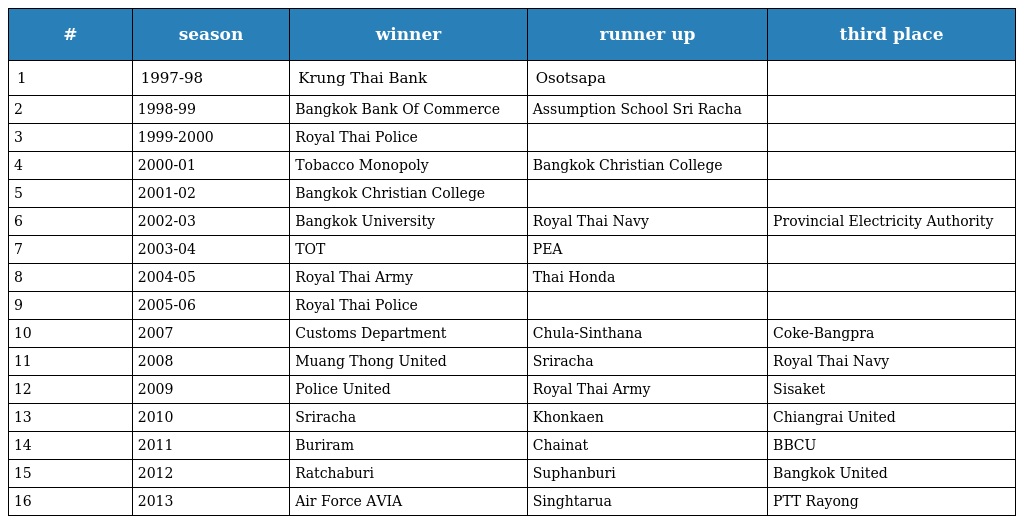
| # | season | winner | runner up | third place |
 | --- | --- | --- | --- | --- |
 | 1 | 1997-98 | Krung Thai Bank | Osotsapa |  |
 | 2 | 1998-99 | Bangkok Bank Of Commerce | Assumption School Sri Racha |  |
 | 3 | 1999-2000 | Royal Thai Police |  |  |
 | 4 | 2000-01 | Tobacco Monopoly | Bangkok Christian College |  |
 | 5 | 2001-02 | Bangkok Christian College |  |  |
 | 6 | 2002-03 | Bangkok University | Royal Thai Navy | Provincial Electricity Authority |
 | 7 | 2003-04 | TOT | PEA |  |
 | 8 | 2004-05 | Royal Thai Army | Thai Honda |  |
 | 9 | 2005-06 | Royal Thai Police |  |  |
 | 10 | 2007 | Customs Department | Chula-Sinthana | Coke-Bangpra |
 | 11 | 2008 | Muang Thong United | Sriracha | Royal Thai Navy |
 | 12 | 2009 | Police United | Royal Thai Army | Sisaket |
 | 13 | 2010 | Sriracha | Khonkaen | Chiangrai United |
 | 14 | 2011 | Buriram | Chainat | BBCU |
 | 15 | 2012 | Ratchaburi | Suphanburi | Bangkok United |
 | 16 | 2013 | Air Force AVIA | Singhtarua | PTT Rayong |